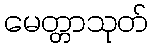
မေတ္တာသုတ်